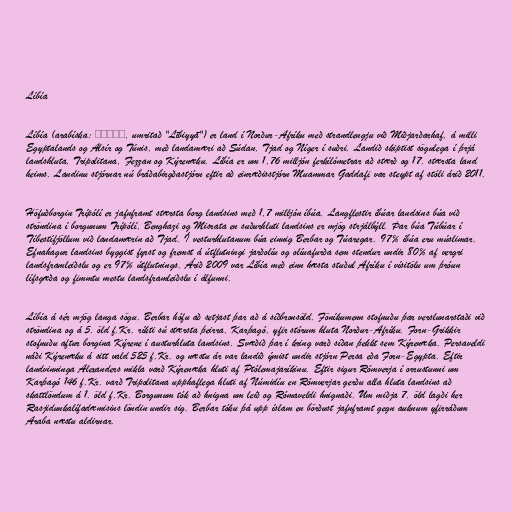
Líbía

Líbía (arabíska: ليبيا, umritað "Lībiyyā") er land í Norður-Afríku með strandlengju við Miðjarðarhaf, á milli
Egyptalands og Alsír og Túnis, með landamæri að Súdan, Tjad og Níger í suðri. Landið skiptist sögulega í þrjá
landshluta, Tripolitana, Fezzan og Kýrenæku. Líbía er um 1,76 milljón ferkílómetrar að stærð og 17. stærsta land
heims. Landinu stjórnar nú bráðabirgðastjórn eftir að einræðisstjórn Muammar Gaddafi var steypt af stóli árið 2011.

Höfuðborgin Trípólí er jafnframt stærsta borg landsins með 1,7 milljón íbúa. Langflestir íbúar landsins búa við
ströndina í borgunum Trípólí, Benghazi og Misrata en suðurhluti landsins er mjög strjálbýll. Þar búa Túbúar í
Tíbestífjöllum við landamærin að Tjad. Í vesturhlutanum búa einnig Berbar og Túaregar. 97% íbúa eru múslimar.
Efnahagur landsins byggist fyrst og fremst á útflutningi jarðolíu og olíuafurða sem stendur undir 80% af vergri
landsframleiðslu og er 97% útflutnings. Árið 2009 var Líbía með einn hæsta stuðul Afríku í vísitölu um þróun
lífsgæða og fimmtu mestu landsframleiðslu í álfunni.

Líbía á sér mjög langa sögu. Berbar hófu að setjast þar að á síðbronsöld. Föníkumenn stofnuðu þar verslunarstaði við
ströndina og á 5. öld f.Kr. ríkti sú stærsta þeirra, Karþagó, yfir stórum hluta Norður-Afríku. Forn-Grikkir
stofnuðu aftur borgina Kýrene í austurhluta landsins. Svæðið þar í kring varð síðan þekkt sem Kýrenæka. Persaveldi
náði Kýrenæku á sitt vald 525 f.Kr. og næstu ár var landið ýmist undir stjórn Persa eða Forn-Egypta. Eftir
landvinninga Alexanders mikla varð Kýrenæka hluti af Ptólemajaríkinu. Eftir sigur Rómverja í orrustunni um
Karþagó 146 f.Kr. varð Tripolitana upphaflega hluti af Númidíu en Rómverjar gerðu alla hluta landsins að
skattlöndum á 1. öld f.Kr. Borgunum tók að hnigna um leið og Rómaveldi hnignaði. Um miðja 7. öld lagði her
Rasjidunkalífadæmisins löndin undir sig. Berbar tóku þá upp íslam en börðust jafnframt gegn auknum yfirráðum
Araba næstu aldirnar.